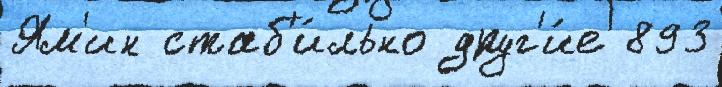
Ям'ин стаб'и́льно друг'и́е 893